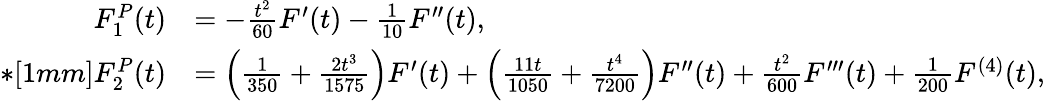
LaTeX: \begin{array}{rl}{F_{1}^{P}(t)}&{=-\frac{t^{2}}{60}F^{\prime}(t)-\frac{1}{10}F^{\prime\prime}(t),}\\ {*[1mm]F_{2}^{P}(t)}&{=\Big(\frac{1}{350}+\frac{2t^{3}}{1575}\Big)F^{\prime}(t)+\Big(\frac{11t}{1050}+\frac{t^{4}}{7200}\Big)F^{\prime\prime}(t)+\frac{t^{2}}{600}F^{\prime\prime\prime}(t)+\frac{1}{200}F^{(4)}(t),}\end{array}